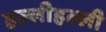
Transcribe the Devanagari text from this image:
हल्लीहल्ली